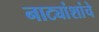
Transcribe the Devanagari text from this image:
नाट्यांशांचे